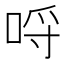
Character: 哷